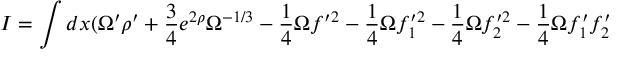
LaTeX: I = \int d x ( \Omega ^ { \prime } \rho ^ { \prime } + \frac { 3 } { 4 } e ^ { 2 \rho } \Omega ^ { - 1 / 3 } - \frac { 1 } { 4 } \Omega f ^ { \prime 2 } - \frac { 1 } { 4 } \Omega f _ { 1 } ^ { \prime 2 } - \frac { 1 } { 4 } \Omega f _ { 2 } ^ { \prime 2 } - \frac { 1 } { 4 } \Omega f _ { 1 } ^ { \prime } f _ { 2 } ^ { \prime }